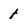
Character: 1